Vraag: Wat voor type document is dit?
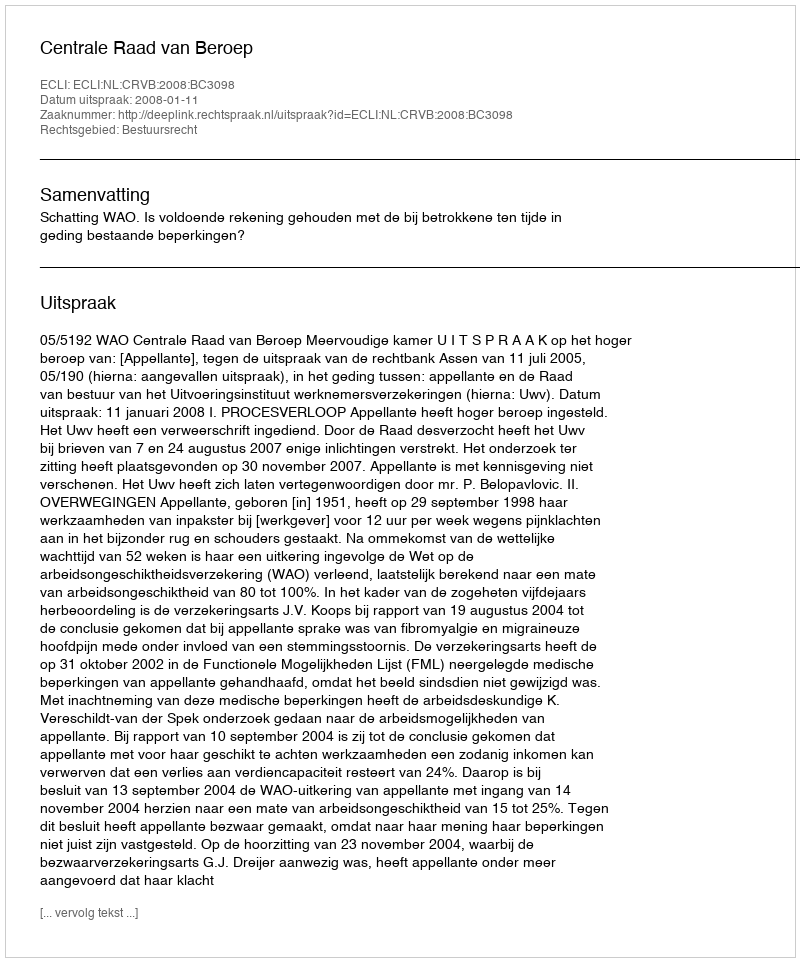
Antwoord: Uitspraak